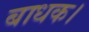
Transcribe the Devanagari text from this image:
बाधक।